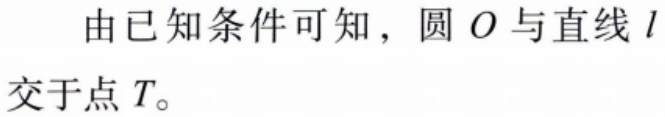
由已知条件可知，圆 \(O\) 与直线 \(l\) 交于点 \(T\)。